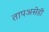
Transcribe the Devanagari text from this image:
तापअसेही